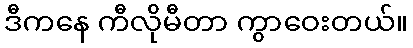
ဒီကနေ ကီလိုမီတာ ကွာဝေးတယ်။